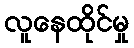
လူနေထိုင်မှု